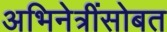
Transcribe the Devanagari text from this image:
अभिनेत्रींसोबत